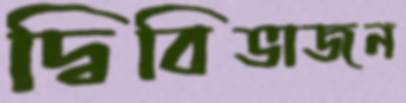
দ্বিবিভাজন